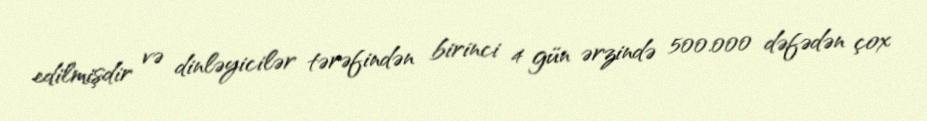
edilmişdir və dinləyicilər tərəfindən birinci 4 gün ərzində 500.000 dəfədən çox